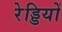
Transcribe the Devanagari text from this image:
रेड्डियों